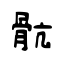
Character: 骯